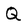
Character: Q